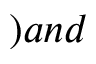
) a n d